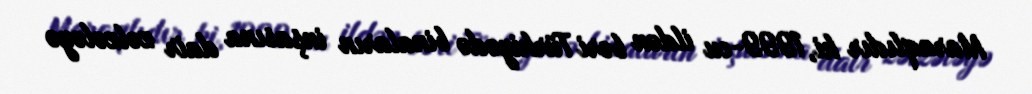
Maraqlıdır ki, 1999-cu ildən bəri Türkiyədə binaların inşasına dair zəlzələyə